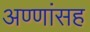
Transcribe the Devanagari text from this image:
अण्णांसह